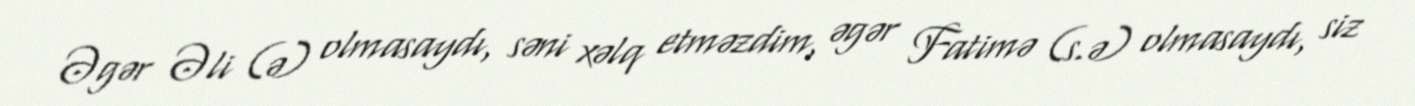
Əgər Əli (ə) olmasaydı, səni xəlq etməzdim, əgər Fatimə (s.ə) olmasaydı, siz